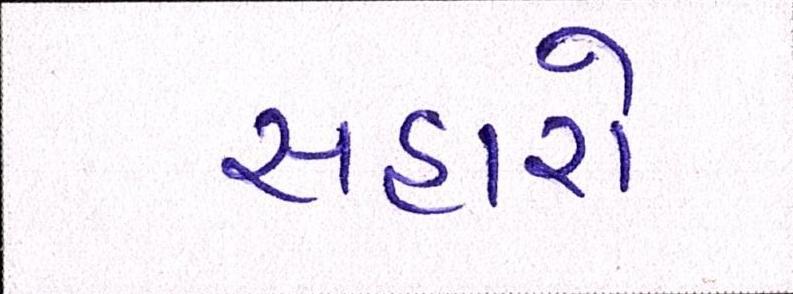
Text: સહારો